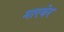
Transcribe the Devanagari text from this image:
मारबेर